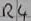
Text: R4